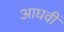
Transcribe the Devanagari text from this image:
आघवीं